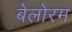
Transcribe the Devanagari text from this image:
बेलोरम